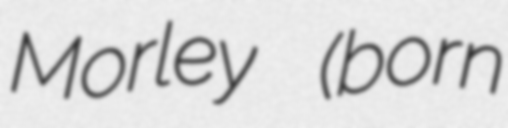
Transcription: Morley (born